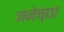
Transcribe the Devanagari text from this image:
जनेच्छा